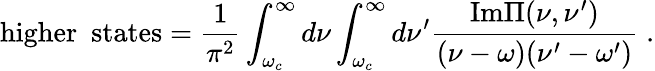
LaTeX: \mathrm{higher~~states}=\frac{1}{\pi^{2}}\int_{\omega_{c}}^{\infty}d\nu\int_{\omega_{c}}^{\infty}d\nu^{\prime}\frac{\mathrm{Im}\Pi(\nu,\nu^{\prime})}{(\nu-\omega)(\nu^{\prime}-\omega^{\prime})}\; .